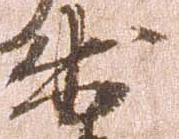
出